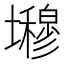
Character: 𭐇